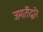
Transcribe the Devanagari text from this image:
जमातींद्वारे